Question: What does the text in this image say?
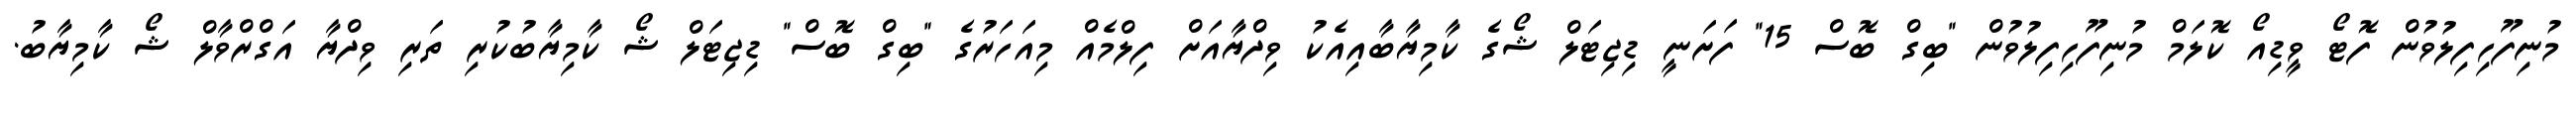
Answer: މުނިފޫހިފިލުވުން ފޮޓޯ ވީޑިއޯ ކޮލަމް މުނިފޫހިފިލުވުން "ބިގް ބޮސް 15" ފަށަނީ ޑިޖިޓަލް ޝޯގެ ކާމިޔާބާއިއެކު ވިދްޔާއަށް ފިލްމެއް މިއަހަރުގެ "ބިގް ބޮސް" ޑިޖިޓަލް ޝޯ ކާމިޔާބުކުރި ތަރި ވިދްޔާ އަގްރްވާލް ޝޯ ކާމިޔާބު.